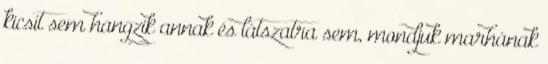
kicsit sem hangzik annak és látszatra sem, mondjuk marhának